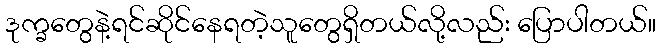
ဒုက္ခတွေနဲ့ရင်ဆိုင်နေရတဲ့သူတွေရှိတယ်လို့လည်း ပြောပါတယ်။